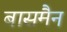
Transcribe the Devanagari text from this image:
बासमैन